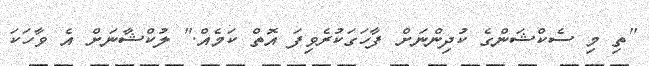
"ތި މި ސެކްޝަންގެ ކުދިންނަށް ފާހަގަކުރެވިފަ އޮތް ކަމެއް." ލުކްޝާނަށް އެ ވާހަކަ